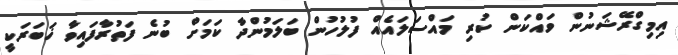
އިމިގްރޭޝަނުން ވައްކަން ކުރި މައްސަލައެއް ފުލުހުން ބަލަމުންދާ ކަމަށް ބުނެ ފަތުރާފައިވާ ޚަބަރަކީ